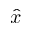
\hat { x }